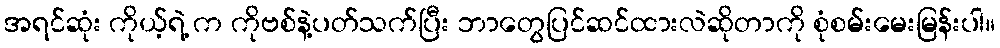
အရင်ဆုံး ကိုယ့်ရဲ့ က ကိုဗစ်နဲ့ပတ်သက်ပြီး ဘာတွေပြင်ဆင်ထားလဲဆိုတာကို စုံစမ်းမေးမြန်းပါ။